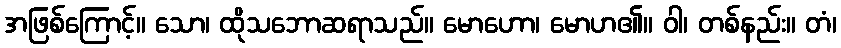
အဖြစ်ကြောင့်။ သော၊ ထိုသဘောဆရာသည်။ မောဟော၊ မောဟ၏။ ဝါ၊ တစ်နည်း။ တံ၊